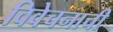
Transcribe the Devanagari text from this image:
विवेचनाची